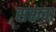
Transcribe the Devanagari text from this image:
सरूवा